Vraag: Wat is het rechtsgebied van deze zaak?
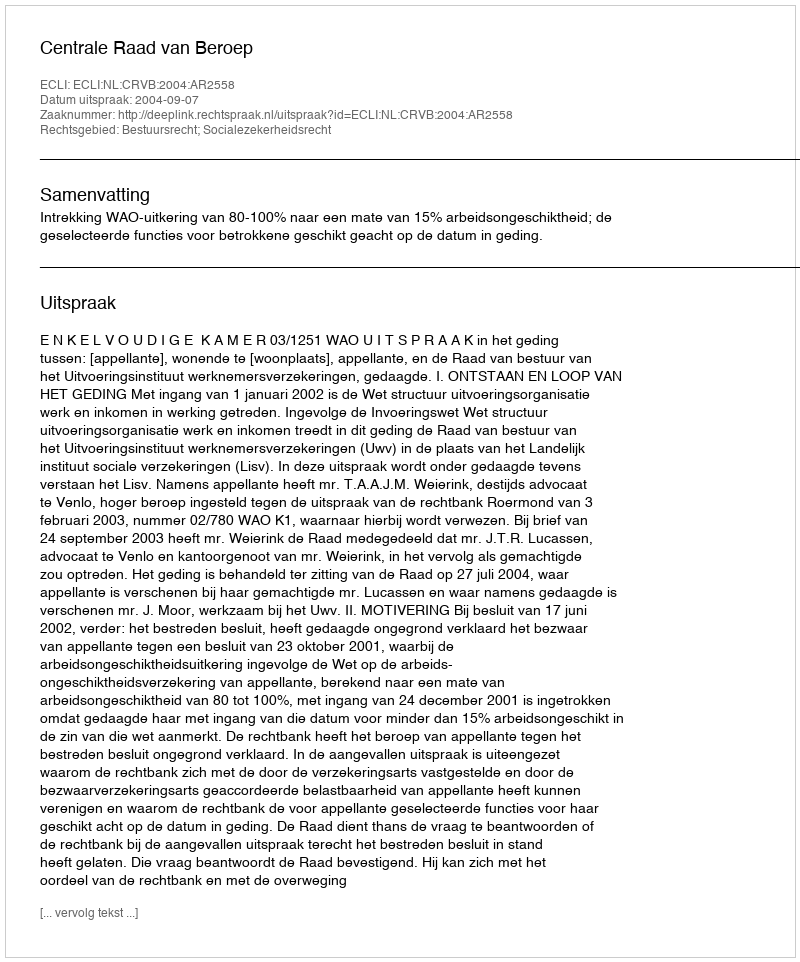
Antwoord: Bestuursrecht; Socialezekerheidsrecht